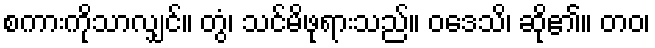
စကားကိုသာလျှင်။ တွံ၊ သင်မိဖုရားသည်။ ဝဒေသိ၊ ဆို၏။ တဝ၊